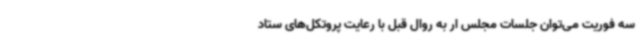
سه فوریت می‌توان جلسات مجلس ار به روال قبل با رعایت پروتکل‌های ستاد